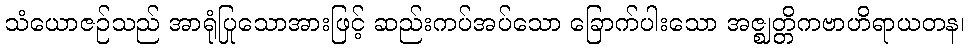
သံယောဇဉ်သည် အာရုံပြုသောအားဖြင့် ဆည်းကပ်အပ်သော ခြောက်ပါးသော အဇ္ဈတ္တိကဗာဟိရာယတန၊